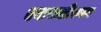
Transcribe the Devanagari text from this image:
एकजटीकल्प